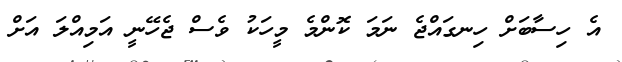
އެ ހިސާބަށް ހިނގައްޖެ ނަމަ ކޮންމެ މީހަކު ވެސް ޖެހޭނީ އަމިއްލަ އަށް